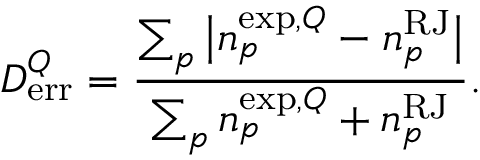
{ \cal D } _ { \mathrm { e r r } } ^ { Q } = \frac { \sum _ { p } \big | { n } _ { p } ^ { \mathrm { e x p } , Q } - { n } _ { p } ^ { \mathrm { R J } } \big | } { \sum _ { p } { n } _ { p } ^ { \mathrm { e x p } , Q } + { n } _ { p } ^ { \mathrm { R J } } } .